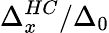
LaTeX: \Delta_{x}^{HC}/\Delta_{0}